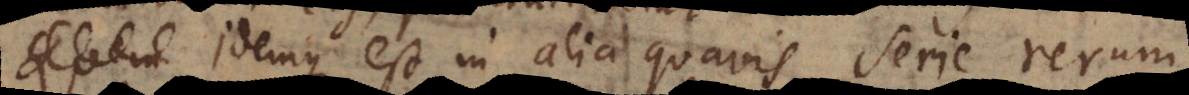
. Idemque est in alia quavis serie rerum,